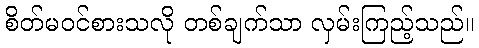
စိတ်မဝင်စားသလို တစ်ချက်သာ လှမ်းကြည့်သည်။